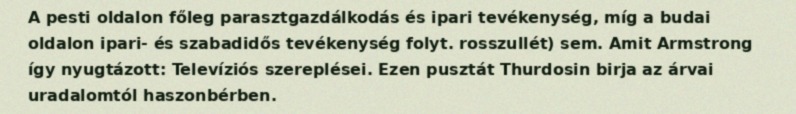
A pesti oldalon főleg parasztgazdálkodás és ipari tevékenység, míg a budai oldalon ipari- és szabadidős tevékenység folyt. rosszullét) sem. Amit Armstrong így nyugtázott: Televíziós szereplései. Ezen pusztát Thurdosin birja az árvai uradalomtól haszonbérben.